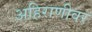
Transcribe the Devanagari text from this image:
अहिराणीवर